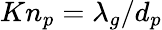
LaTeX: Kn_{p}=\lambda_{g}/d_{p}